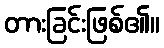
တားခြင်းဖြစ်၏။